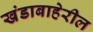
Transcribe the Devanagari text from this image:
खंडाबाहेरील